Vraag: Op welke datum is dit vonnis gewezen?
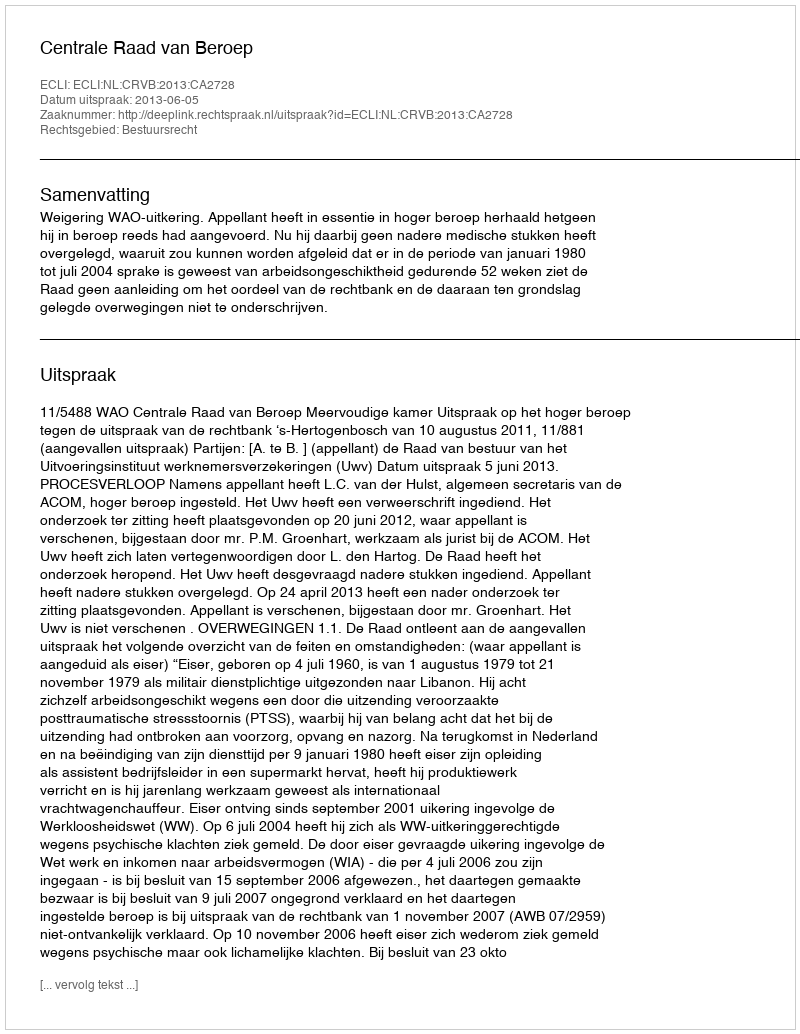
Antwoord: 2013-06-05